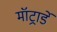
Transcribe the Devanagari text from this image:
मॉट्रार्डे